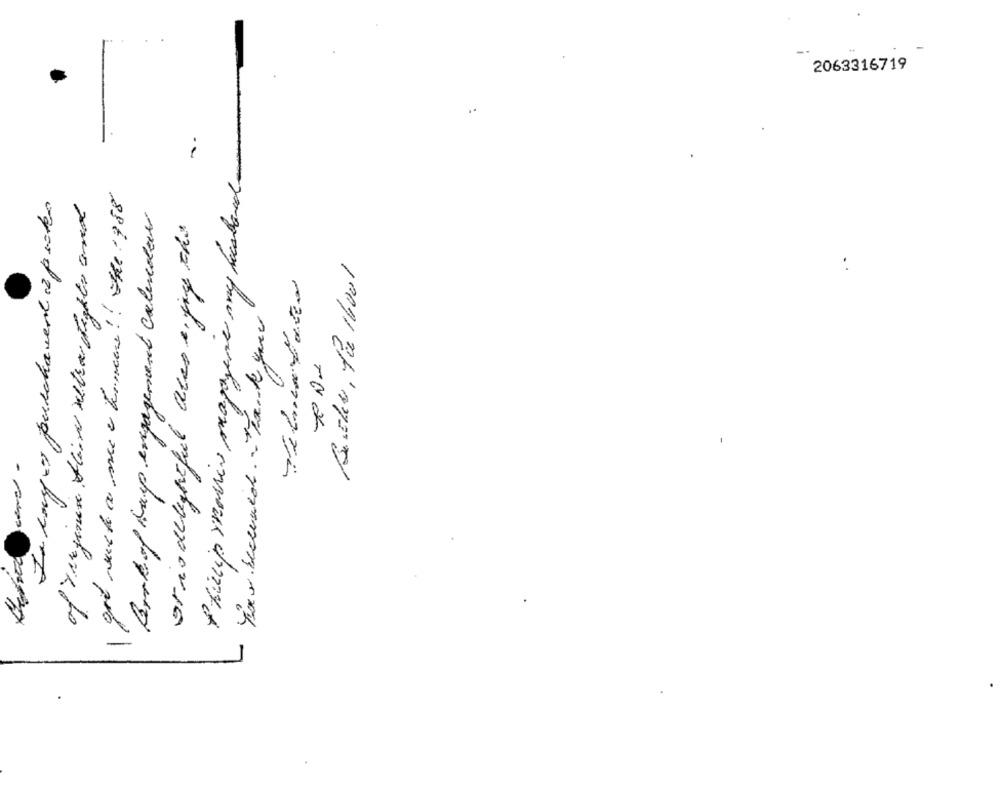
2063316719
Philip morris magazine my headand
In lays purchawert 2 postes
Berre of Kuip engagement calendar
or is delyhiful ares a joy this
-